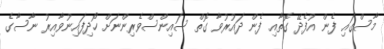
މާސްގައި ފެން އުފެދޭ ގޮތާއި ފެން ދައުރުވާ ގޮތް ސައިންސްވެރިންނަށް ހޯދިފައިނުވާއިރު ނާސާގެ